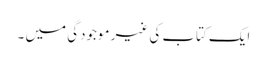
ایک کتاب کی غیر موجودگی میں ۔